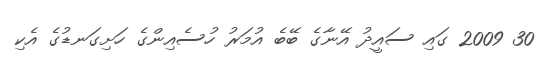
30 2009 ގައި ސައީދު އޭނާގެ ބޭބެ އުމަރު ހުސެއިންގެ ހަށިގަނޑުގެ އެކި